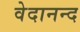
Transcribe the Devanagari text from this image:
वेदानन्द